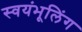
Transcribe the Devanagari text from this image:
स्वयंभूलिंग